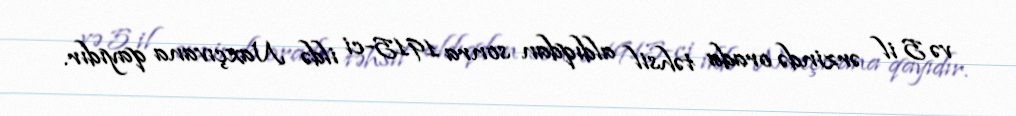
və 5 il ərzində orada təhsil aldıqdan sonra 1915-ci ildə Naxçıvana qayıdır.